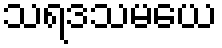
သရဒသမယေ